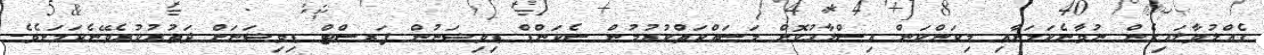
ގެއްލުވާލައިގެން ނުވާނެކަމަށާއި މިކަންކަން އިސްލާހުކޮށް މަސައްކަތްކުރުމުން ސެކަންޑް ޑިވިޟަނުން ފަރސްޓް ޑިވިޟަނަށް ދަތުރުކުރެވޭނެކަމަށެވެ.